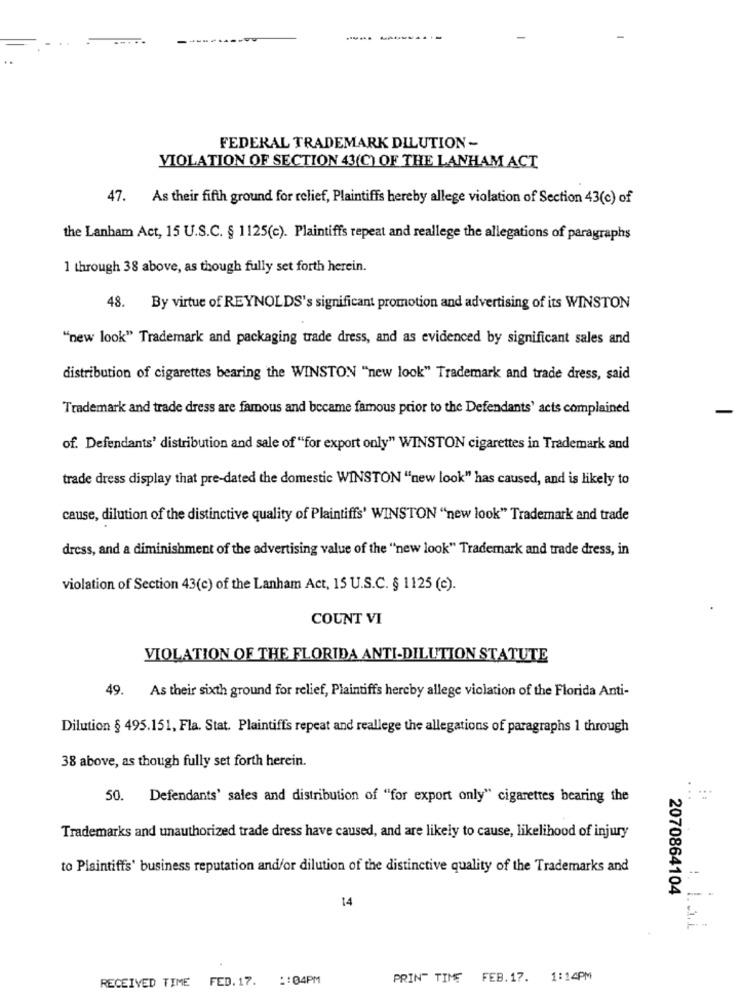
-----
FEDERAL TRADEMARK DILUTION -
VIOLATION OF SECTION 43(C) OF THE LANHAM ACT
47.
As their fifth ground for relief, Plaintiffs hereby allege violation of Section 43(c) of
the Lanham Act, 15 U.S.C. § 1125(c). Plaintiffs repeat and reallege the allegations of paragraphs
1 through 38 above, as though fully set forth herein.
48.
By virtue of REYNOLDS's significant promotion and advertising of its WINSTON
"new look" Trademark and packaging trade dress, and as evidenced by significant sales and
distribution of cigarettes bearing the WINSTON "new look" Trademark and trade dress, said
Trademark and trade dress are famous and became famous prior to the Defendants' acts complained
of. Defendants' distribution and sale of "for export only" WINSTON cigarettes in Trademark and
trade dress display that pre-dated the domestic WINSTON "new look" has caused, and is likely to
cause, dilution of the distinctive quality of Plaintiffs' WINSTON "new look" Trademark and trade
dress, and a diminishment of the advertising value of the "new look" Trademark and trade dress, in
violation of Section 43(e) of the Lanham Act, 15 U.S.C. § 1125 (c).
COUNT VI
VIOLATION OF THE FLORIDA ANTI-DILUTION STATUTE
49. As their sixth ground for relief, Plaintiffs hereby allege violation of the Florida Anti-
Dilution § 495.151, Fla. Stat. Plaintiffs repeat and reallege the allegations of paragraphs 1 through
38 above, as though fully set forth herein.
50. Defendants' sales and distribution of "for export only" cigarettes bearing the
Trademarks and unauthorized trade dress have caused, and are likely to cause, likelihood of injury
to Plaintiffs' business reputation and/or dilution of the distinctive quality of the Trademarks and
14
2070864104
RECEIVED TIME
FED. 17. :: 04PM
PRINT TIME FEB.17. 1:14PM